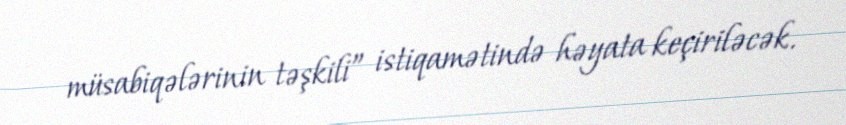
müsabiqələrinin təşkili” istiqamətində həyata keçiriləcək.